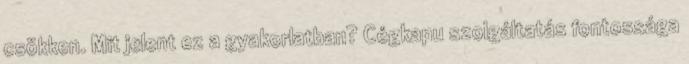
csökken. Mit jelent ez a gyakorlatban? Cégkapu szolgáltatás fontossága